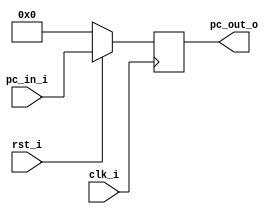

//////////////////////////////////////////////////////////////////////////////////
// student ID: 0516013
// Module Name: ProgramCounter
//////////////////////////////////////////////////////////////////////////////////

module ProgramCounter(
    clk_i,
	rst_i,
	pc_in_i,
	pc_out_o
	);
     
//I/O ports
input           clk_i;
input	        rst_i;
input  [32-1:0] pc_in_i;
output [32-1:0] pc_out_o;
 
//Internal Signals
reg    [32-1:0] pc_out_o;
 
//Parameter

    
//Main function
always @(posedge clk_i) begin
    if(~rst_i)
	    pc_out_o <= 0;
	else
	    pc_out_o <= pc_in_i;
end

endmodule